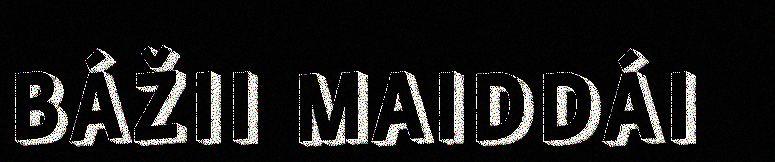
BÁŽII MAIDDÁI